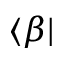
\langle \beta \lvert